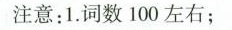
注意：1.词数100左右；